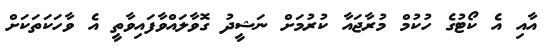
އާއި އެ ކޯޓުގެ ހުކުމް މުރާޖައާ ކުރުމަށް ނަޝީދު ގޮވާލައްވާފައިވާތީ އެ ވާހަކަތަކަށް